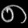
Digit: ၈